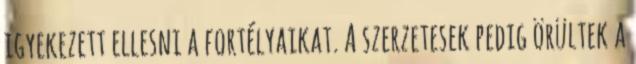
igyekezett ellesni a fortélyaikat. A szerzetesek pedig örültek a